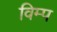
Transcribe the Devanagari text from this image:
विम्प